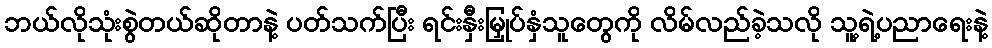
ဘယ်လိုသုံးစွဲတယ်ဆိုတာနဲ့ ပတ်သက်ပြီး ရင်းနှီးမြှုပ်နှံသူတွေကို လိမ်လည်ခဲ့သလို သူ့ရဲ့ပညာရေးနဲ့